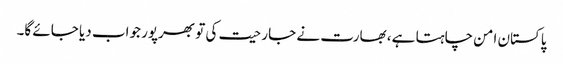
پاکستان امن چاہتا ہے، بھارت نے جارحیت کی تو بھرپور جواب دیا جائے گا۔